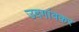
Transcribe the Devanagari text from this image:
उदगांवकर